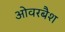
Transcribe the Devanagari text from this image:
ओवरबैश